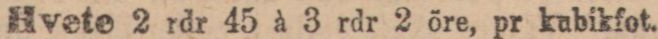
Hvete 2 rdr 45 à 3 rdr 2 öre, pr kubikfot.